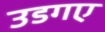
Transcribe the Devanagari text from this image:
उडगए